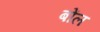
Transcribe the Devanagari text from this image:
बोंल